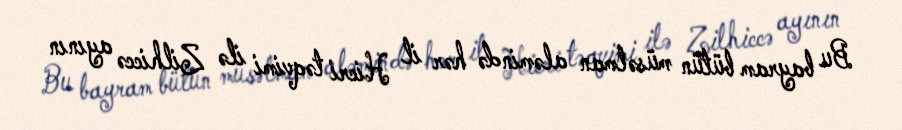
Bu bayram bütün müsəlman aləmində hər il Hicri təqvimi ilə Zilhiccə ayının